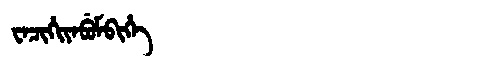
Manchu: ᠸᠠᠴᡳᡥᡳᠶᠠᠪᡠᠮᠪᡳᡥᡝ
Romanization: WACIHIYABUMBIHE